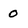
Character: 0